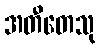
အတီတေသု